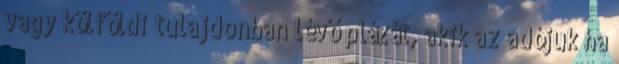
vagy kölföldi tulajdonban lévő plázát, akik az adójuk ha